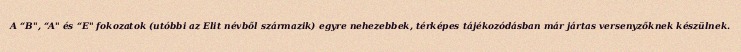
A “B", “A" és “E" fokozatok (utóbbi az Elit névből származik) egyre nehezebbek, térképes tájékozódásban már jártas versenyzőknek készülnek.